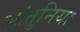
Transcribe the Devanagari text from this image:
आंतुनिया